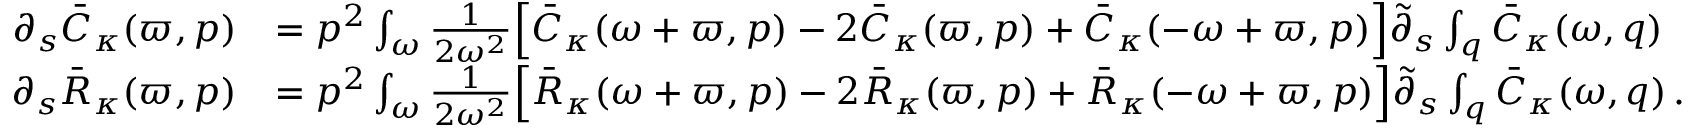
\begin{array} { r l } { \partial _ { s } \bar { C } _ { \kappa } ( \varpi , p ) } & { = p ^ { 2 } \int _ { \omega } \frac { 1 } { 2 \omega ^ { 2 } } \Big [ \bar { C } _ { \kappa } ( \omega + \varpi , p ) - 2 \bar { C } _ { \kappa } ( \varpi , p ) + \bar { C } _ { \kappa } ( - \omega + \varpi , p ) \Big ] \tilde { \partial } _ { s } \int _ { q } \bar { C } _ { \kappa } ( \omega , q ) } \\ { \partial _ { s } \bar { R } _ { \kappa } ( \varpi , p ) } & { = p ^ { 2 } \int _ { \omega } \frac { 1 } { 2 \omega ^ { 2 } } \Big [ \bar { R } _ { \kappa } ( \omega + \varpi , p ) - 2 \bar { R } _ { \kappa } ( \varpi , p ) + \bar { R } _ { \kappa } ( - \omega + \varpi , p ) \Big ] \tilde { \partial } _ { s } \int _ { q } \bar { C } _ { \kappa } ( \omega , q ) \, . } \end{array}